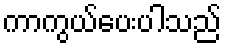
ကာကွယ်ပေးပါသည်